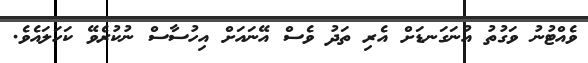
ވެއްޓުނު ވަގުތު އުނަގަނޑަށް އެރި ތަދު ވެސް އޭނައަށް އިހުސާސް ނުކުރެވޭ ކަހަލައެވެ.